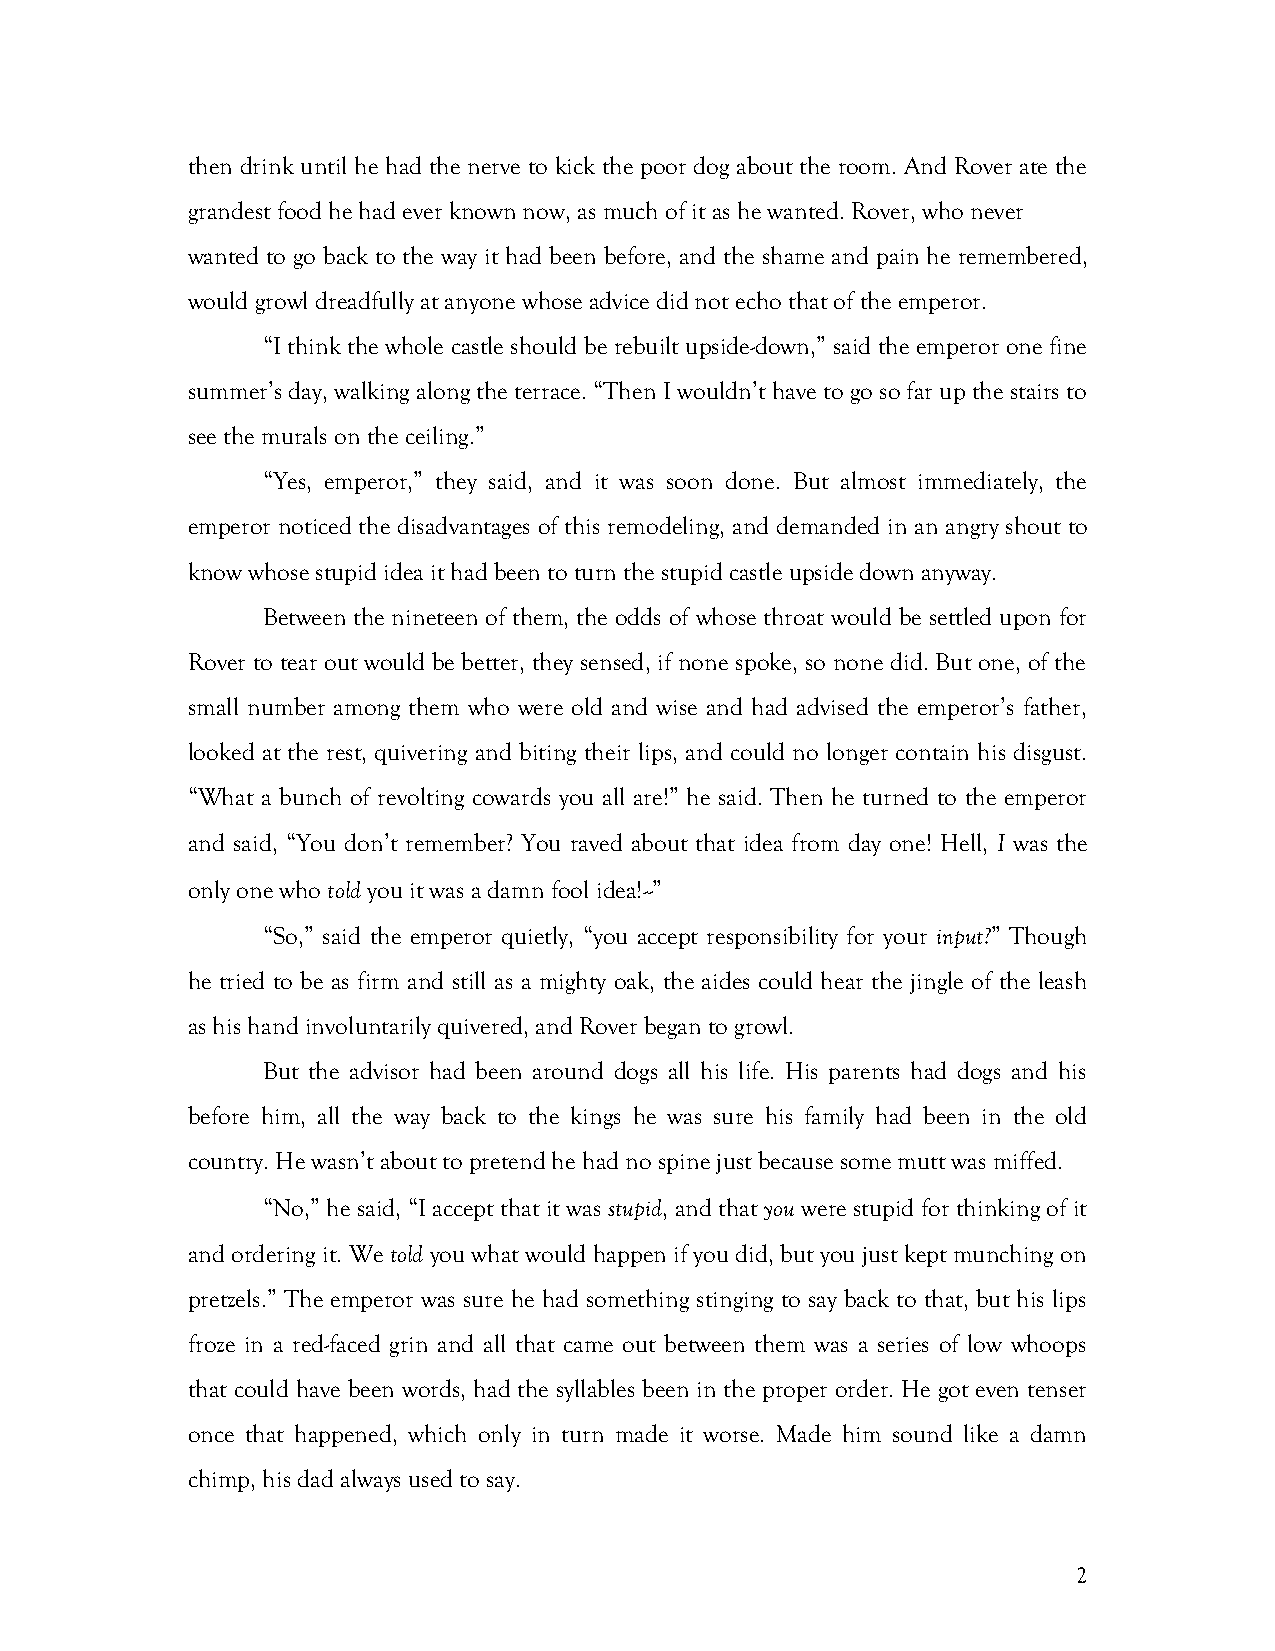
then drink until he had the nerve to kick the poor dog about the room. And Rover ate the
 grandest food he had ever known now, as much of it as he wanted. Rover, who never
 wanted to go back to the way it had been before, and the shame and pain he remembered,
 would growl dreadfully at anyone whose advice did not echo that of the emperor.
 “I think the whole castle should be rebuilt upside-down,” said the emperor one fine
 summer’s day, walking along the terrace. “Then I wouldn’t have to go so far up the stairs to
 see the murals on the ceiling.”
 “Yes, emperor,” they said, and it was soon done. But almost immediately, the
 emperor noticed the disadvantages of this remodeling, and demanded in an angry shout to
 know whose stupid idea it had been to turn the stupid castle upside down anyway.
 Between the nineteen of them, the odds of whose throat would be settled upon for
 Rover to tear out would be better, they sensed, if none spoke, so none did. But one, of the
 small number among them who were old and wise and had advised the emperor’s father,
 looked at the rest, quivering and biting their lips, and could no longer contain his disgust.
 “What a bunch of revolting cowards you all are!” he said. Then he turned to the emperor
 and said, “You don’t remember? You raved about that idea from day one! Hell, I was the
 only one who told you it was a damn fool idea!--”
 “So,” said the emperor quietly, “you accept responsibility for your input?” Though
 he tried to be as firm and still as a mighty oak, the aides could hear the jingle of the leash
 as his hand involuntarily quivered, and Rover began to growl.
 But the advisor had been around dogs all his life. His parents had dogs and his
 before him, all the way back to the kings he was sure his family had been in the old
 country. He wasn’t about to pretend he had no spine just because some mutt was miffed.
 “No,” he said, “I accept that it was stupid, and that you were stupid for thinking of it
 and ordering it. We told you what would happen if you did, but you just kept munching on
 pretzels.” The emperor was sure he had something stinging to say back to that, but his lips
 froze in a red-faced grin and all that came out between them was a series of low whoops
 that could have been words, had the syllables been in the proper order. He got even tenser
 once that happened, which only in turn made it worse. Made him sound like a damn
 chimp, his dad always used to say.
 2